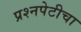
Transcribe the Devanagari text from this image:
प्रश्‍नपेटीचा